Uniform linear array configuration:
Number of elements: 32
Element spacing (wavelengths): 0.75
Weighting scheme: blackman
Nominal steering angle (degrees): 60
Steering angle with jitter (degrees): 58.115
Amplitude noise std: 0.05
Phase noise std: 0.05

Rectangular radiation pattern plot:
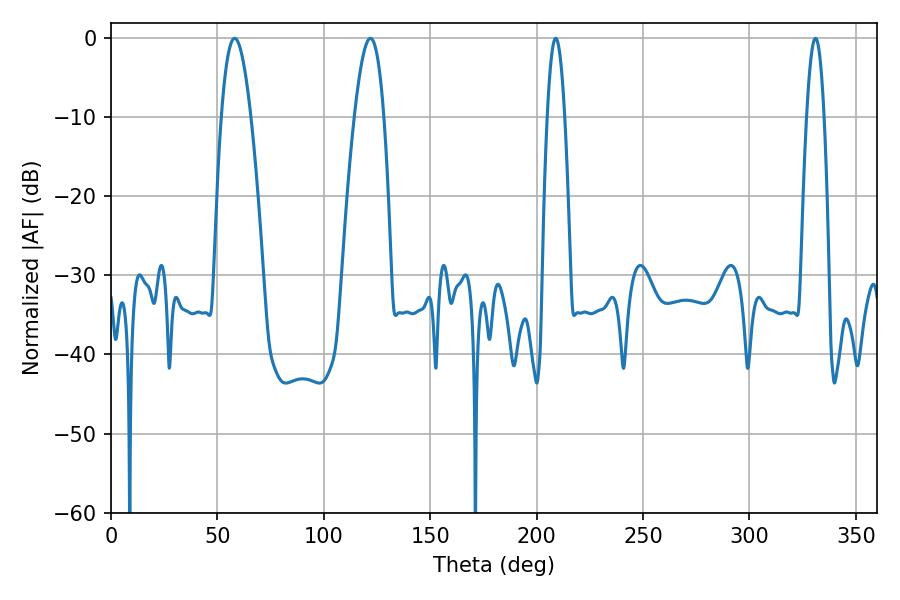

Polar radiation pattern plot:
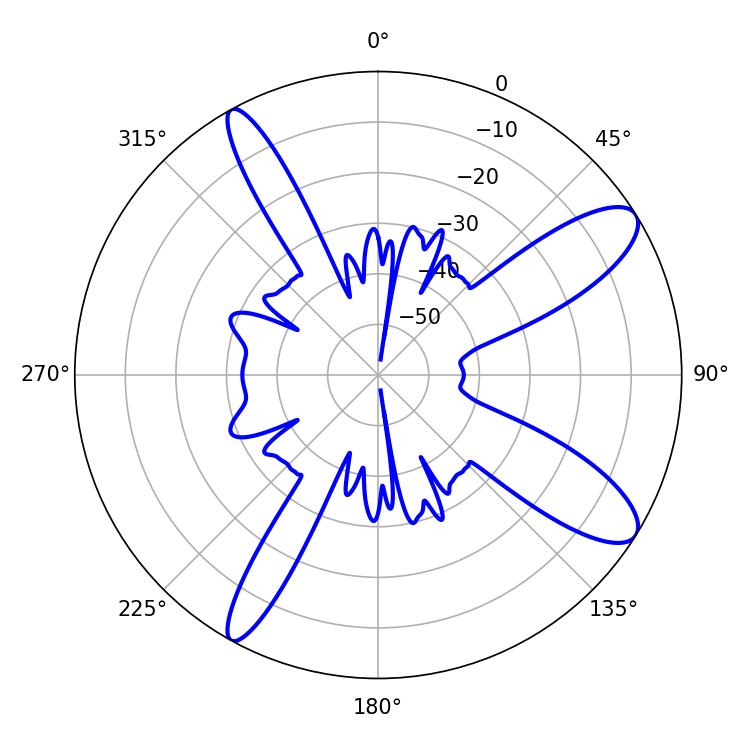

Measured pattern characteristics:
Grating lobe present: TRUE
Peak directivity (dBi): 10.964
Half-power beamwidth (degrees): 4.5
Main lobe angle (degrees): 208.98